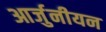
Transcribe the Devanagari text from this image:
आर्जुनीयन